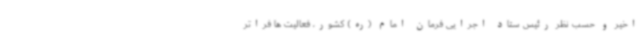
اخیر و حسب نظر رئیس ستاد اجرایی فرمان امام (ره) کشور، فعالیت ها فراتر